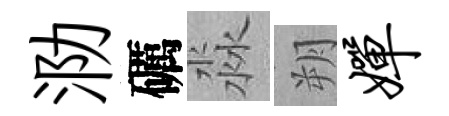
泐礪淼朔婵